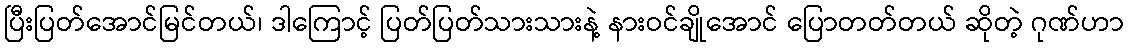
ပြီးပြတ်အောင်မြင်တယ်၊ ဒါကြောင့် ပြတ်ပြတ်သားသားနဲ့ နားဝင်ချိုအောင် ပြောတတ်တယ် ဆိုတဲ့ ဂုဏ်ဟာ